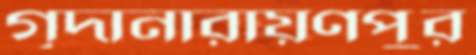
গৃদানারায়ণপুর